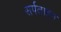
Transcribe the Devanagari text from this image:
सर्पताहन